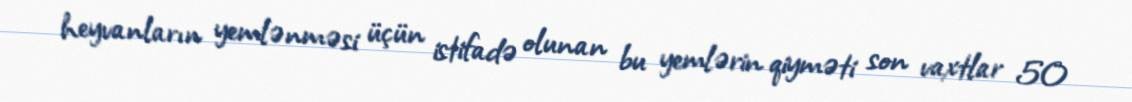
heyvanların yemlənməsi üçün istifadə olunan bu yemlərin qiyməti son vaxtlar 50